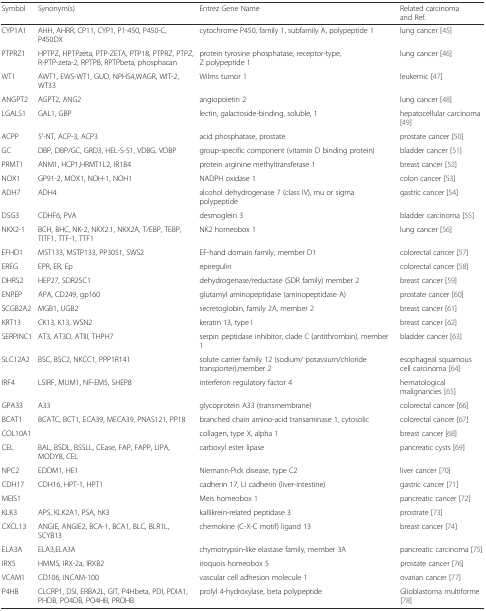
<table><thead><tr><td><b>Symbol</b></td><td><b>Synonym(s)</b></td><td><b>Entrez Gene Name</b></td><td><b>Related carcinoma and Ref.</b></td></tr></thead><tbody><tr><td>CYP1A1</td><td>AHH, AHRR, CP11, CYP1, P1-450, P450-C, P450DX</td><td>cytochrome P450, family 1, subfamily A, polypeptide 1</td><td>lung cancer [45]</td></tr><tr><td>PTPRZ1</td><td>HPTPZ, HPTPzeta, PTP-ZETA, PTP18, PTPRZ, PTPZ, R-PTP-zeta-2, RPTPB, RPTPbeta, phosphacan</td><td>protein tyrosine phosphatase, receptor-type, Z polypeptide 1</td><td>lung cancer [46]</td></tr><tr><td>WT1</td><td>AWT1, EWS-WT1, GUD, NPHS4,WAGR, WIT-2, WT33</td><td>Wilms tumor 1</td><td>leukemic [47]</td></tr><tr><td>ANGPT2</td><td>AGPT2, ANG2</td><td>angiopoietin 2</td><td>lung cancer [48]</td></tr><tr><td>LGALS1</td><td>GAL1, GBP</td><td>lectin, galactoside-binding, soluble, 1</td><td>hepatocellular carcinoma [49]</td></tr><tr><td>ACPP</td><td>5&#x27;-NT, ACP-3, ACP3</td><td>acid phosphatase, prostate</td><td>prostate cancer [50]</td></tr><tr><td>GC</td><td>DBP, DBP/GC, GRD3, HEL-S-51, VDBG, VDBP</td><td>group-specific component (vitamin D binding protein)</td><td>bladder cancer [51]</td></tr><tr><td>PRMT1</td><td>ANM1, HCP1,HRMT1L2, IR1B4</td><td>protein arginine methyltransferase 1</td><td>breast cancer [52]</td></tr><tr><td>NOX1</td><td>GP91-2, MOX1, NOH-1, NOH1</td><td>NADPH oxidase 1</td><td>colon cancer [53]</td></tr><tr><td>ADH7</td><td>ADH4</td><td>alcohol dehydrogenase 7 (class IV), mu or sigma polypeptide</td><td>gastric cancer [54]</td></tr><tr><td>DSG3</td><td>CDHF6, PVA</td><td>desmoglein 3</td><td>bladder carcinoma [55]</td></tr><tr><td>NKX2-1</td><td>BCH, BHC, NK-2, NKX2.1, NKX2A, T/EBP, TEBP, TITF1, TTF-1, TTF1</td><td>NK2 homeobox 1</td><td>lung cancer [56]</td></tr><tr><td>EFHD1</td><td>MST133, MSTP133, PP3051, SWS2</td><td>EF-hand domain family, member D1</td><td>colorectal cancer [57]</td></tr><tr><td>EREG</td><td>EPR, ER, Ep</td><td>epiregulin</td><td>colorectal cancer [58]</td></tr><tr><td>DHRS2</td><td>HEP27, SDR25C1</td><td>dehydrogenase/reductase (SDR family) member 2</td><td>breast cancer [59]</td></tr><tr><td>ENPEP</td><td>APA, CD249, gp160</td><td>glutamyl aminopeptidase (aminopeptidase A)</td><td>prostate cancer [60]</td></tr><tr><td>SCGB2A2</td><td>MGB1, UGB2</td><td>secretoglobin, family 2A, member 2</td><td>breast cancer [61]</td></tr><tr><td>KRT13</td><td>CK13, K13, WSN2</td><td>keratin 13, type I</td><td>breast cancer [62]</td></tr><tr><td>SERPINC1</td><td>AT3, AT3D, ATIII, THPH7</td><td>serpin peptidase inhibitor, clade C (antithrombin), member 1</td><td>bladder cancer [63]</td></tr><tr><td>SLC12A2</td><td>BSC, BSC2, NKCC1, PPP1R141</td><td>solute carrier family 12 (sodium/ potassium/chloride transporter),member 2</td><td>esophageal squamous cell carcinoma [64]</td></tr><tr><td>IRF4</td><td>LSIRF, MUM1, NF-EM5, SHEP8</td><td>interferon regulatory factor 4</td><td>hematological malignancies [65]</td></tr><tr><td>GPA33</td><td>A33</td><td>glycoprotein A33 (transmembrane)</td><td>colorectal cancer [66]</td></tr><tr><td>BCAT1</td><td>BCATC, BCT1, ECA39, MECA39, PNAS121, PP18</td><td>branched chain amino-acid transaminase 1, cytosolic</td><td>colorectal cancer [67]</td></tr><tr><td>COL10A1</td><td></td><td>collagen, type X, alpha 1</td><td>breast cancer [68]</td></tr><tr><td>CEL</td><td>BAL, BSDL, BSSLL, CEase, FAP, FAPP, LIPA, MODY8, CEL</td><td>carboxyl ester lipase</td><td>pancreatic cysts [69]</td></tr><tr><td>NPC2</td><td>EDDM1, HE1</td><td>Niemann-Pick disease, type C2</td><td>liver cancer [70]</td></tr><tr><td>CDH17</td><td>CDH16, HPT-1, HPT1</td><td>cadherin 17, LI cadherin (liver-intestine)</td><td>gastric cancer [71]</td></tr><tr><td>MEIS1</td><td></td><td>Meis homeobox 1</td><td>pancreatic cancer [72]</td></tr><tr><td>KLK3</td><td>APS, KLK2A1, PSA, hK3</td><td>kallikrein-related peptidase 3</td><td>prostrate [73]</td></tr><tr><td>CXCL13</td><td>ANGIE, ANGIE2, BCA-1, BCA1, BLC, BLR1L, SCYB13</td><td>chemokine (C-X-C motif) ligand 13</td><td>breast cancer [74]</td></tr><tr><td>ELA3A</td><td>ELA3,ELA3A</td><td>chymotrypsin-like elastase family, member 3A</td><td>pancreatic carcinoma [75]</td></tr><tr><td>IRX5</td><td>HMMS, IRX-2a, IRXB2</td><td>iroquois homeobox 5</td><td>prostate cancer [76]</td></tr><tr><td>VCAM1</td><td>CD106, INCAM-100</td><td>vascular cell adhesion molecule 1</td><td>ovarian cancer [77]</td></tr><tr><td>P4HB</td><td>CLCRP1, DSI, ERBA2L, GIT, P4Hbeta, PDI, PDIA1, PHDB, PO4DB, PO4HB, PROHB</td><td>prolyl 4-hydroxylase, beta polypeptide</td><td>Glioblastoma multiforme [78]</td></tr></tbody></table>